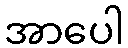
အာပေါ